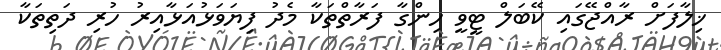
ޚިލާފަށް ރާއްޖޭގައި ކޭބަލް ޓީވީ ހިންގާ ފަރާތްތަކާ މެދު ފިޔަވަޅުއަޅާއިރު ހުރި ދަތިތަކާ